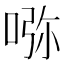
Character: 𠵸